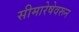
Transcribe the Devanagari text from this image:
सीमारेषेवरून